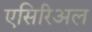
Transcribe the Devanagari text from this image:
एसिरिअल